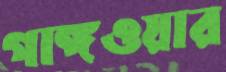
গাঙ্গওয়ার